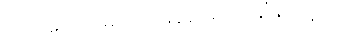
တောတောင်များကို မှုန်ရေးရေးမြင်ရသည်။